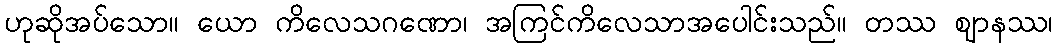
ဟုဆိုအပ်သော။ ယော ကိလေသဂဏော၊ အကြင်ကိလေသာအပေါင်းသည်။ တဿ ဈာနဿ၊